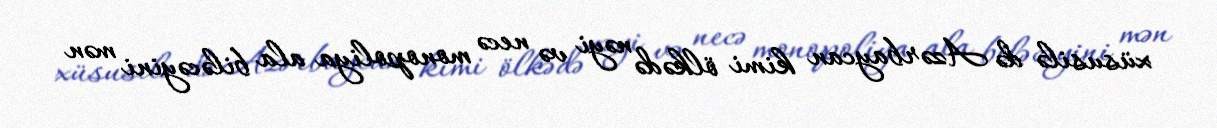
xüsusilə də Azərbaycan kimi ölkədə nəyi və necə monopoliya ala biləcəyini mən